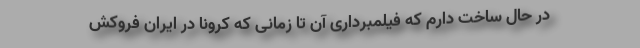
در حال ساخت دارم که فیلمبرداری آن تا زمانی که کرونا در ایران فروکش